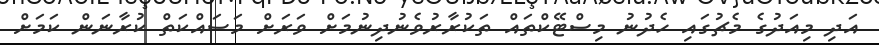
އަދި މިއަދުގެ މެޗުގައި ހެދުނު މިސްޓޭކްތައް ތަކުރާރުވެނުދިނުމަށް ވަރަށް މަސައްކަތް ކުރާނަން ކަމަށް